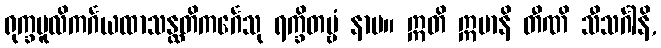
ရုက္ခမူလိကင်္ဂယထာသန္ထတိကင်္ဂေသု ရက္ခိတဗ္ဗံ နာမ။ ဣတိ ဣမာနိ တီဏိ သီသင်္ဂါနိ,